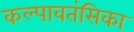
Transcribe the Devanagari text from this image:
कल्पावतंसिका